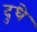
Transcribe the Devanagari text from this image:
दुधे